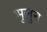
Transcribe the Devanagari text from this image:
भुलुन